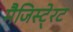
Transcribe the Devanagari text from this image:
मैजिस्टे्रट